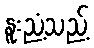
နူးညံ့သည့်